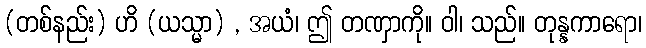
(တစ်နည်း) ဟိ (ယသ္မာ) , အယံ၊ ဤ တဏှာကို။ ဝါ၊ သည်။ တုန္နကာရော၊